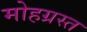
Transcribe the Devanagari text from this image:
मोहग्रस्त